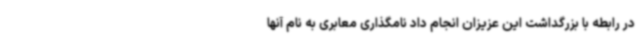
در رابطه با بزرگداشت این عزیزان انجام داد نامگذاری معابری به نام آنها